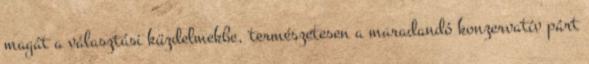
magát a választási küzdelmekbe, természetesen a maradandó konzervatív párt